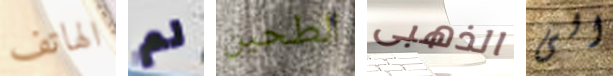
الهاتف لم الطحين الذهبى الى